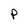
Character: P